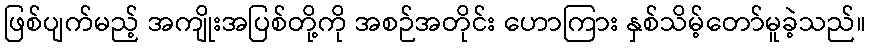
ဖြစ်ပျက်မည့် အကျိုးအပြစ်တို့ကို အစဉ်အတိုင်း ဟောကြား နှစ်သိမ့်တော်မူခဲ့သည်။